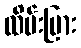
ထိမ်းမြား